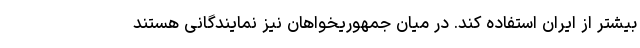
بیشتر از ایران استفاده کند. در میان جمهوریخواهان نیز نمایندگانی هستند